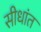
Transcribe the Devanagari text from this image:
सीधांत